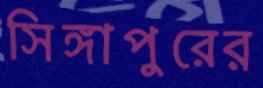
সিঙ্গাপুরের